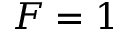
F = 1